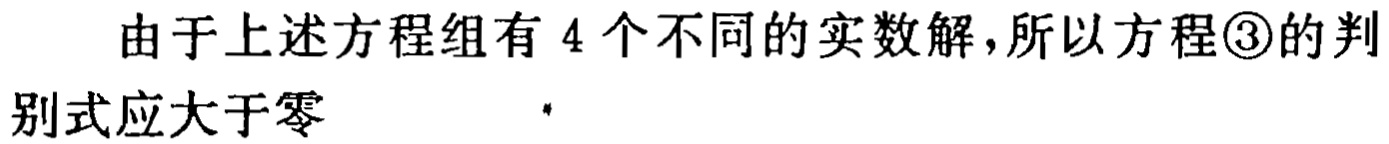
由于上述方程组有 4 个不同的实数解，所以方程\textcircled{3}的判别式应大于零